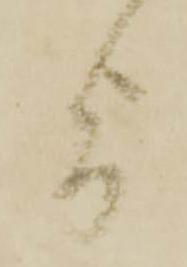
旨